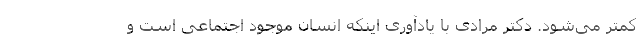
کمتر می‌شود. دکتر مرادی با یادآوری اینکه انسان موجود اجتماعی است و